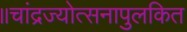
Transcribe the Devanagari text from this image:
॥चांद्रज्योत्सनापुलकित